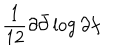
\frac { 1 } { 1 2 } \partial \bar { \partial } \log \partial f